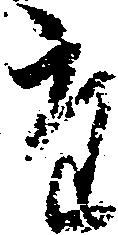
た